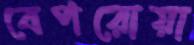
বেপরোয়া